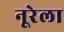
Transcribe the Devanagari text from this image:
नूरेला